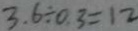
3 . 6 \div 0 . 3 = 1 2